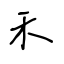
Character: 禾